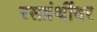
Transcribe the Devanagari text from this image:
रसग्रंथींवर